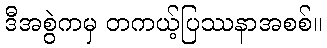
ဒီအစွဲကမှ တကယ့်ပြဿနာအစစ်။